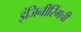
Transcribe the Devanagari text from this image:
इंजिनीरिंगची